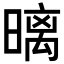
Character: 𣉽